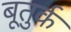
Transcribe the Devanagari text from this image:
बूतुर्क